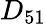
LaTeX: D_{51}